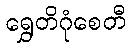
ရွှေတိဂုံစေတီ